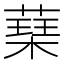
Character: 𮑃